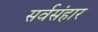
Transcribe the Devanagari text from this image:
सर्वसंहार